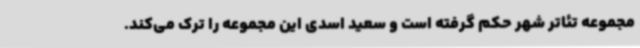
مجموعه تئاتر شهر حکم گرفته است و سعید اسدی این مجموعه را ترک می‌کند.